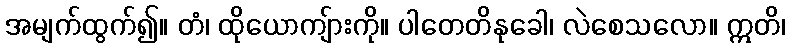
အမျက်ထွက်၍။ တံ၊ ထိုယောကျ်ားကို။ ပါတေတိနုခေါ၊ လဲစေသလော။ ဣတိ၊